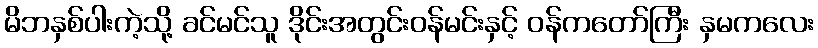
မိဘနှစ်ပါးကဲ့သို့ ခင်မင်သူ ဒိုင်းအတွင်းဝန်မင်းနှင့် ဝန်ကတော်ကြီး နှမကလေး